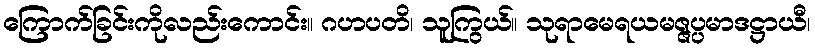
ကြောက်ခြင်းကိုလည်းကောင်း။ ဂဟပတိ၊ သူကြွယ်။ သုရာမေရယမဇ္ဇပ္ပမာဒဋ္ဌာယီ၊